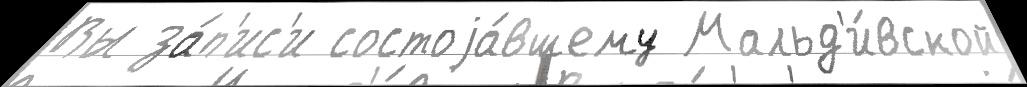
Вы за́п'ис'и состоjа́вшему Мальд'и́вской